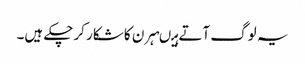
یہ لوگ آتے ہیںہرن کا شکار کرچکے ہیں۔